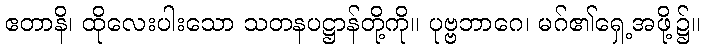
ဧတာနိ၊ ထိုလေးပါးသော သတနပဋ္ဌာန်တို့ကို။ ပုဗ္ဗဘာဂေ၊ မဂ်၏ရှေ့အဖို့၌။